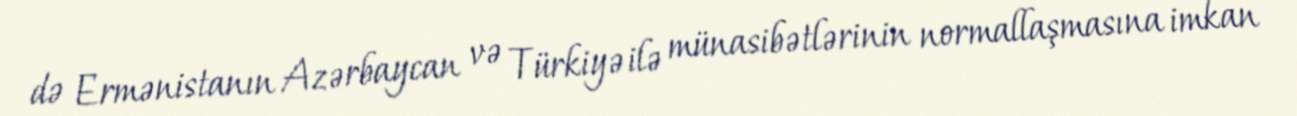
də Ermənistanın Azərbaycan və Türkiyə ilə münasibətlərinin normallaşmasına imkan